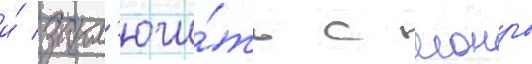
и́ закл'ючи́ть с монро